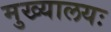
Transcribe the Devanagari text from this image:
मुख्यालयः